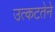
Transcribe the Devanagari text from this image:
उत्कटतेने